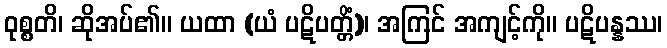
ဝုစ္စတိ၊ ဆိုအပ်၏။ ယထာ (ယံ ပဋိပတ္တိံ)၊ အကြင် အကျင့်ကို။ ပဋိပန္နဿ၊